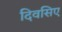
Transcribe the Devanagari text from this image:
दिवसिए